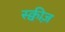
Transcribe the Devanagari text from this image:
स्क्वीज़